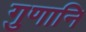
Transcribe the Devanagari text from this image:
गुणानि